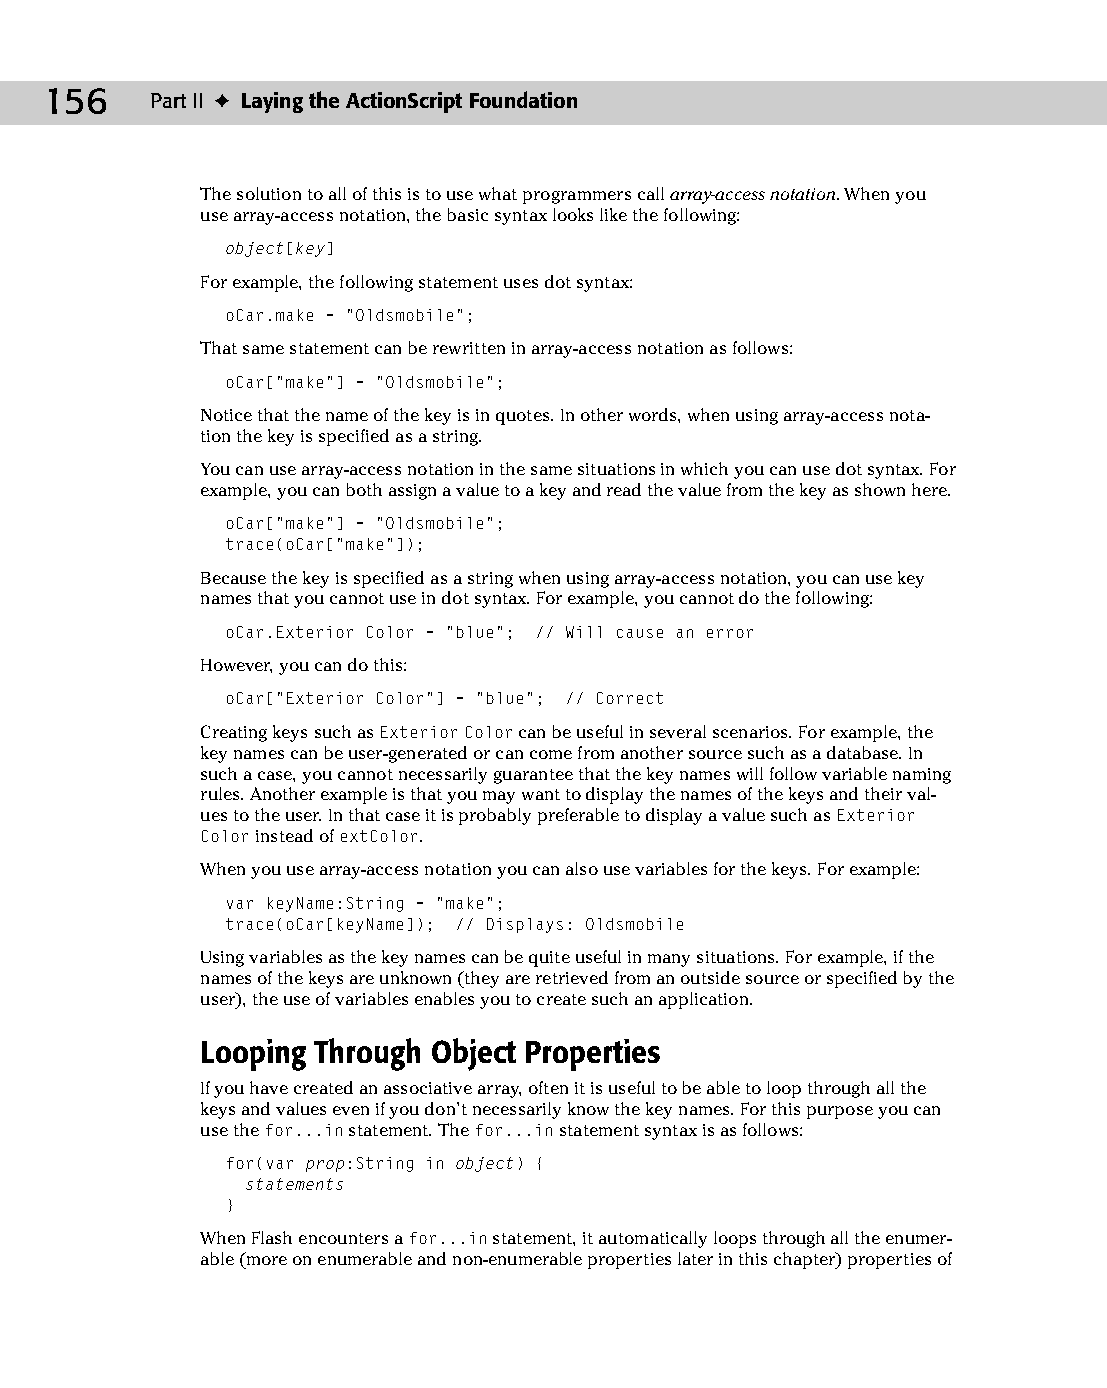
10 543547 ch07.qxd 3/24/04 3:50 PM Page 156
 156    Part II ✦ Laying the ActionScript Foundation
 The solution to all of this is to use what programmers call array-access notation. When you
 use array-access notation, the basic syntax looks like the following:
 object[key]
 For example, the following statement uses dot syntax:
 oCar.make = “Oldsmobile”;
 That same statement can be rewritten in array-access notation as follows:
 oCar[“make”] = “Oldsmobile”;
 Notice that the name of the key is in quotes. In other words, when using array-access nota­
 tion the key is specified as a string.
 You can use array-access notation in the same situations in which you can use dot syntax. For
 example, you can both assign a value to a key and read the value from the key as shown here.
 oCar[“make”] = “Oldsmobile”;
 trace(oCar[“make”]);
 Because the key is specified as a string when using array-access notation, you can use key
 names that you cannot use in dot syntax. For example, you cannot do the following:
 oCar.Exterior Color = “blue”; // Will cause an error
 However, you can do this:
 oCar[“Exterior Color”] = “blue”; // Correct
 Creating keys such as Exterior Color can be useful in several scenarios. For example, the
 key names can be user-generated or can come from another source such as a database. In
 such a case, you cannot necessarily guarantee that the key names will follow variable naming
 rules. Another example is that you may want to display the names of the keys and their val­
 ues to the user. In that case it is probably preferable to display a value such as Exterior
 Color instead of extColor.
 When you use array-access notation you can also use variables for the keys. For example:
 var keyName:String = “make”;
 trace(oCar[keyName]); // Displays: Oldsmobile
 Using variables as the key names can be quite useful in many situations. For example, if the
 names of the keys are unknown (they are retrieved from an outside source or specified by the
 user), the use of variables enables you to create such an application.
 Looping Through Object Properties
 If you have created an associative array, often it is useful to be able to loop through all the
 keys and values even if you don’t necessarily know the key names. For this purpose you can
 use the for...in statement. The for...in statement syntax is as follows:
 for(var prop:String in object) {
 statements
 }
 When Flash encounters a for...in statement, it automatically loops through all the enumer­
 able (more on enumerable and non-enumerable properties later in this chapter) properties of